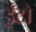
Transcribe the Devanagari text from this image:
ईँटो